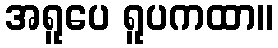
အရူပေ ရူပကထာ။